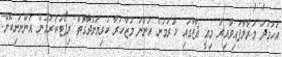
އަހުމަދު މަރާލާފައިވާއިރު މިއީ ޣާޒާގައި ކުރަމުން އަންނަ މުޒާހަރާ ކުރިޔަށްދާގޮތް ރިޕޯޓުކުރަމުން އަންނަނިކޮށް